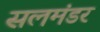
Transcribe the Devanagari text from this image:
सलमंडर